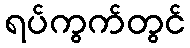
ရပ်ကွက်တွင်